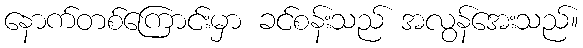
နောက်တစ်ကြောင်းမှာ ခင်စန်းသည် အလွန်အေးသည်။